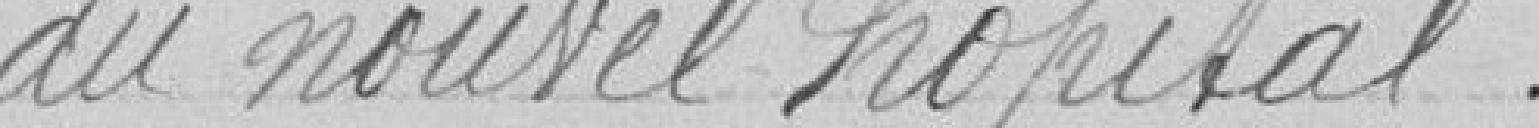
du nouvel hôpital"